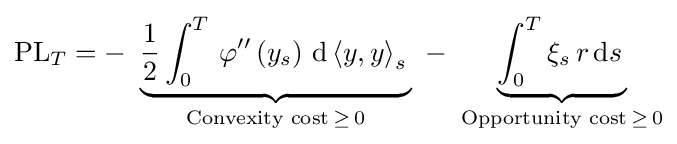
{\text{PL}}_{T}=-\,\,\underbrace {{\frac {1}{2}}\int _{0}^{T}\,\varphi ''\left(y_{s}\right)\,{\text{d}}\left\langle y,y\right\rangle _{s}\,} _{{\text{Convexity cost}}\,\geq \,0}\,\,-\,\,\underbrace {\int _{0}^{T}\xi _{s}\,r\,{\text{d}}s\,} _{{\text{Opportunity cost}}\,\geq \,0}